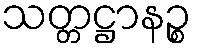
သတ္တဋ္ဌာနဉ္စ